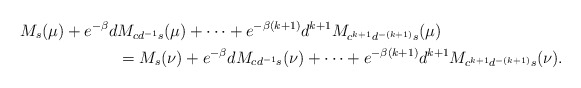
\begin{align*}M_s(\mu)+e^{-\beta}d&M_{cd^{-1}s}(\mu)+\cdots +e^{-\beta (k+1)}d^{k+1}M_{c^{k+1}d^{-(k+1)}s}(\mu)\\&=M_s(\nu)+e^{-\beta}dM_{cd^{-1}s}(\nu)+\cdots +e^{-\beta (k+1)}d^{k+1}M_{c^{k+1}d^{-(k+1)}s}(\nu).\end{align*}